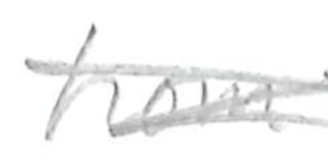
Text: from
Cross-out: scratch
Writing tool: pencil